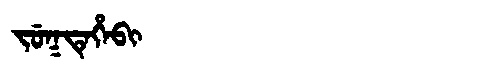
Manchu: ᠵᡠᡴᡨᡝᡥᡝᠪᡳ
Romanization: JUKTEHEBI